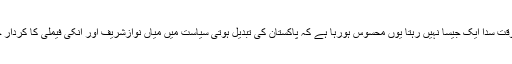
وہ کہتے ہیں ناکہ وقت سدا ایک جیسا نہیں رہتا یوں محسوس ہورہا ہے کہ پاکستان کی تبدیل ہوتی سیاست میں میاں نوازشریف اور انکی فیملی کا کردار ختم یا کم ہورہا ہے۔